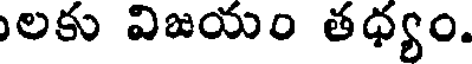
లకు విజయం తధ్యం.